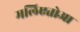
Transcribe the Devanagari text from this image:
मलिएतोआ